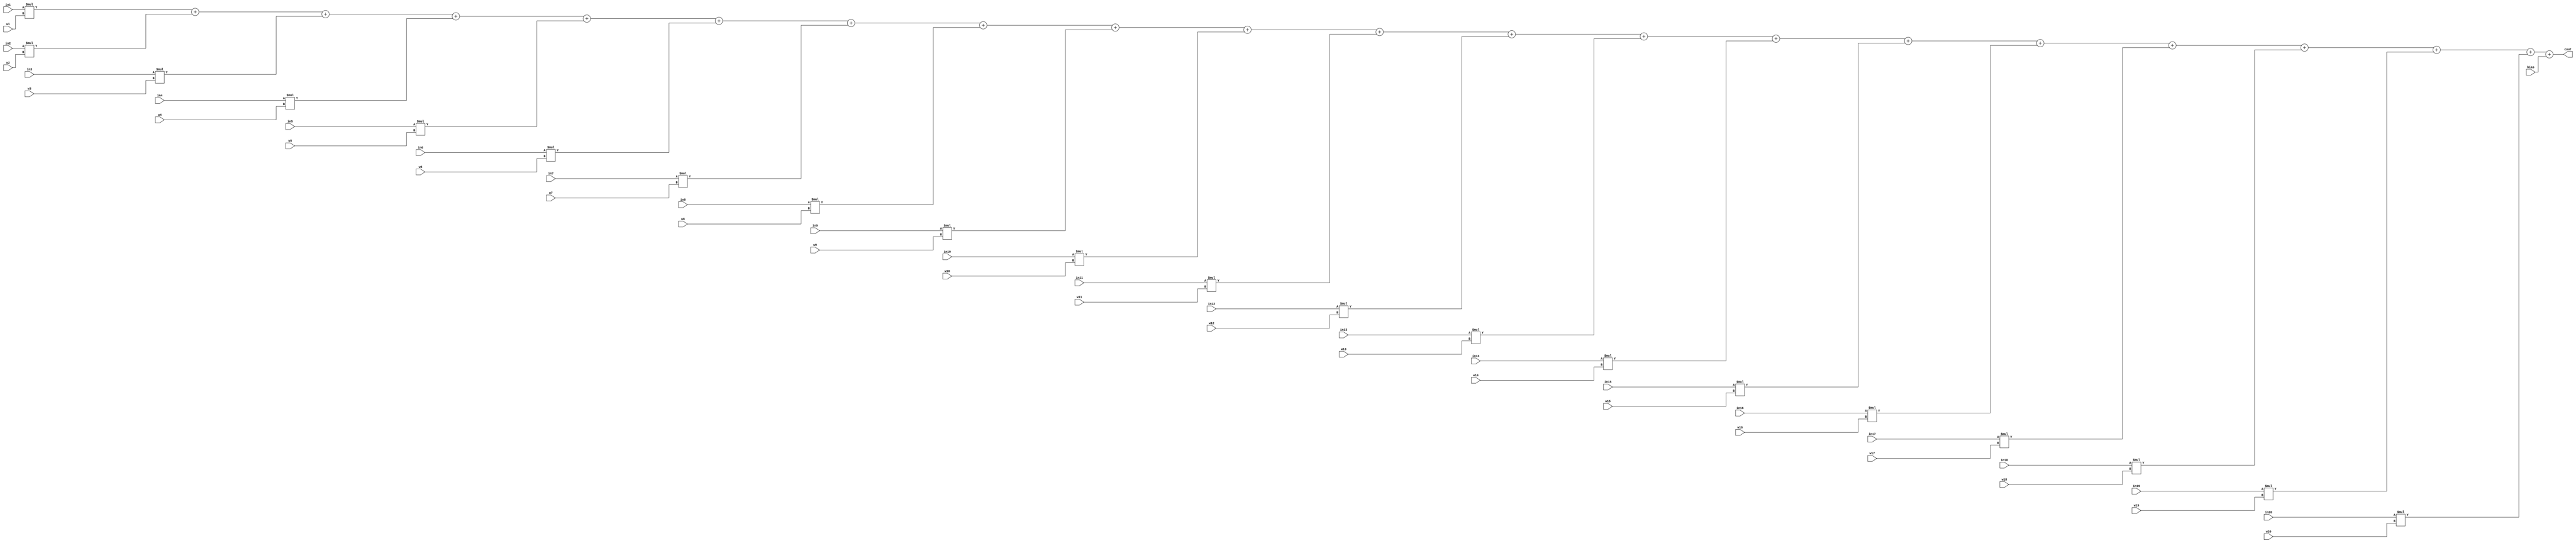
`timescale 1ns / 1ps
//////////////////////////////////////////////////////////////////////////////////
// Company: 
// Engineer: 
// 
// Design Name: 
// Module Name: neuron_20
// Project Name: 
// Target Devices: 
// Tool Versions: 
// Description: 
// 
// Dependencies: 
// 
// Revision:
// Revision 0.01 - File Created
// Additional Comments:
// 
//////////////////////////////////////////////////////////////////////////////////


module neuron_20(in1,in2,in3,in4,in5,in6,in7,in8,in9,in10,in11,in12,in13,in14,in15,in16,in17,in18,in19,in20,w1,w2,w3,w4,w5,w6,w7,w8,w9,w10,w11,w12,w13,w14,w15,w16,w17,w18,w19,w20,bias,cout);

input signed [15:0] in1,in2,in3,in4,in5,in6,in7,in8,in9,in10,in11,in12,in13,in14,in15,in16,in17,in18,in19,in20;
input signed [7:0] w1,w2,w3,w4,w5,w6,w7,w8,w9,w10,w11,w12,w13,w14,w15,w16,w17,w18,w19,w20,bias;
output signed [31:0] cout;

assign cout = ((in1*w1)+(in2*w2)+(in3*w3)+(in4*w4)+(in5*w5)+(in6*w6)+(in7*w7)+(in8*w8)+(in9*w9)+(in10*w10)+(in11*w11)+(in12*w12)+(in13*w13)+(in14*w14)+(in15*w15)+(in16*w16)+(in17*w17)+(in18*w18)+(in19*w19)+(in20*w20)+bias);

endmodule